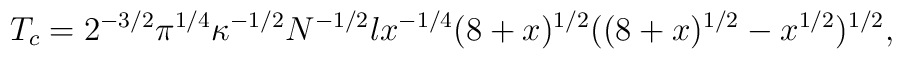
T_c =2^{-3/2} \pi ^{1/4} \kappa^{-1/2} N^{-1/2} l x^{-1/4} (8+x)^{1/2}     ((8+x)^{1/2}-x^{1/2})^{1/2},